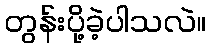
တွန်းပို့ခဲ့ပါသလဲ။